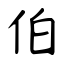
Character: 伯